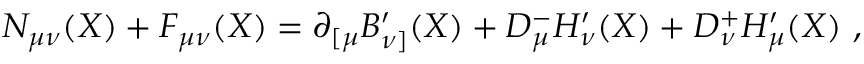
N _ { \mu \nu } ( X ) + F _ { \mu \nu } ( X ) = \partial _ { [ \mu } B _ { \nu ] } ^ { \prime } ( X ) + D _ { \mu } ^ { - } H _ { \nu } ^ { \prime } ( X ) + D _ { \nu } ^ { + } H _ { \mu } ^ { \prime } ( X ) \ ,